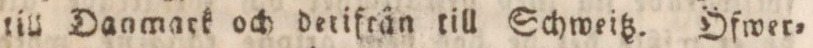
till Dagmark och derifrän till Schweitz. Öfwer=